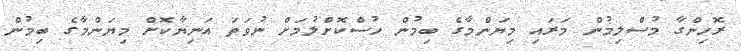
ރޮހިންގާ މުސްލިމުން މަރައި މިޔަންމާގެ ބިމުން ހުސްކޮށްލުމަށް ނުވަތަ އަނިޔާކޮށް މިޔަންމާގެ ބިމުން